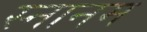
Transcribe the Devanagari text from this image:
स्नानम